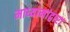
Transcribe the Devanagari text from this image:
माध्यामांद्वारा